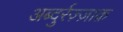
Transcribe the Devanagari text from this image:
अब्दुर्रज़्ज़ाक़